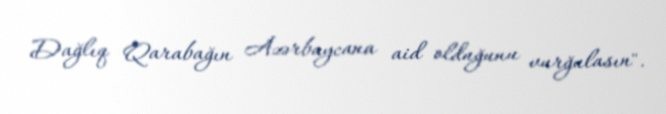
Dağlıq Qarabağın Azərbaycana aid olduğunu vurğulasın".